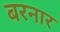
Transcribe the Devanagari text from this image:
बरनार